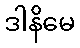
ဒါနိမေ